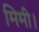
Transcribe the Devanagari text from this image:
मिमी।